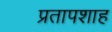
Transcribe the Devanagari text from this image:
प्रतापशाह